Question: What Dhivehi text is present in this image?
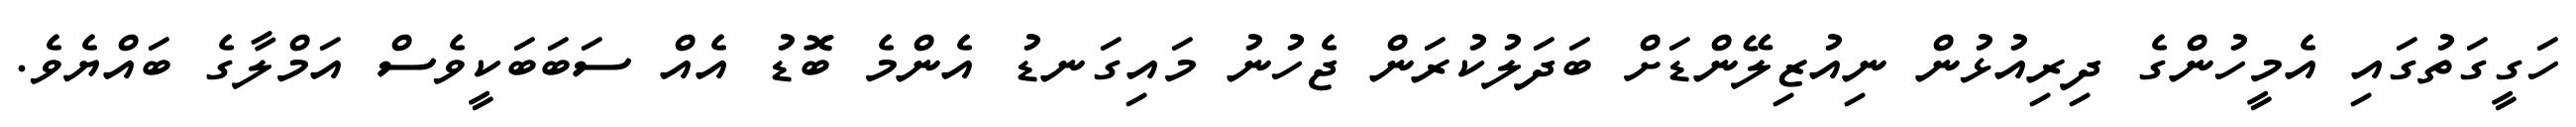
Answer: ހަގީގަތުގައި އެމީހުންގެ ދިރިއުޅުން ނިއުޒިލޭންޑަށް ބަދަލުކުރަން ޖެހުނު މައިގަނޑު އެންމެ ބޮޑު އެއް ސަބަބަކީވެސް އަމްލާގެ ބައްޔެވެ.